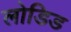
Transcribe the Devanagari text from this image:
लोडिड